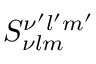
S _ { \nu l m } ^ { \nu ^ { \prime } l ^ { \prime } m ^ { \prime } }